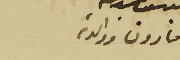
مارون ووالدته